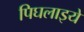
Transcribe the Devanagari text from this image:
पिघलाइये